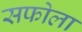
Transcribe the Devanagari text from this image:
सफोला